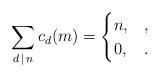
LaTeX: \begin{align*} \sum_{d\, \mid\, n} c_{d}(m)&= \begin{cases} n, & ,\\ 0, & . \end{cases}\end{align*}